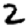
Digit: 2